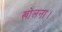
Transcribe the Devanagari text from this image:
खोलना।